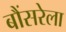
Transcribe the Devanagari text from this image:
बौंसरेला